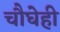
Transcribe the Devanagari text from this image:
चौघेही